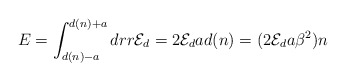
\begin{align*}E=\int_{d(n)-a}^{d(n)+a}dr r {\cal E}_d=2{\cal E}_d a d(n) =(2{\cal E}_d a\beta^2)n\end{align*}